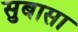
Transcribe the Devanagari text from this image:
सुबासा